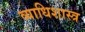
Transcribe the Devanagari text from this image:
व्याधिशास्त्र